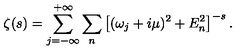
\zeta ( s ) = \sum _ { j = - \infty } ^ { + \infty } \sum _ { n } \left[ ( \omega _ { j } + i \mu ) ^ { 2 } + E _ { n } ^ { 2 } \right] ^ { - s } .